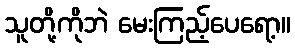
သူတို့ကိုဘဲ မေးကြည့်ပေရော့။